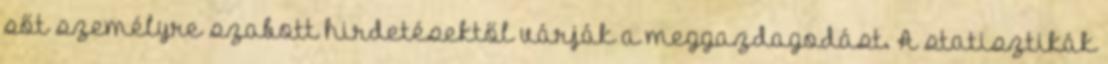
sőt személyre szabott hirdetésektől várják a meggazdagodást. A statisztikák